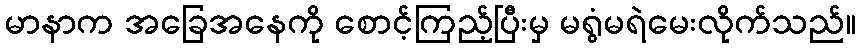
မာနာက အခြေအနေကို စောင့်ကြည့်ပြီးမှ မရွံမရဲမေးလိုက်သည်။